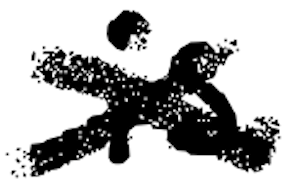
Text: is
Cross-out: cross
Writing tool: digital_black